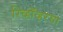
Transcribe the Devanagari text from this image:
रिव्हॉव्हरचा